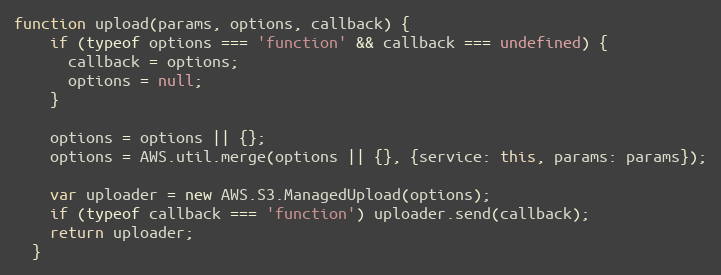
Language: JavaScript
function upload(params, options, callback) {
    if (typeof options === 'function' && callback === undefined) {
      callback = options;
      options = null;
    }

    options = options || {};
    options = AWS.util.merge(options || {}, {service: this, params: params});

    var uploader = new AWS.S3.ManagedUpload(options);
    if (typeof callback === 'function') uploader.send(callback);
    return uploader;
  }